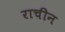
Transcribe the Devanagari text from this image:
राचीन